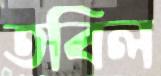
তবিল